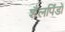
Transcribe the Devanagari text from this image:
शैलपिंडों